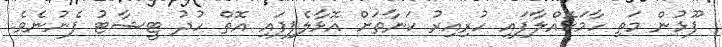
ފޫޅުން މަތި ހާމަކޮއްލާފައި ހުރިއިރު ކަނާތަށް އޮޅާލެފިފައި އޮތް ހުދު ޓީޝާޓު ފެނުނެވެ.